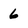
Character: 6